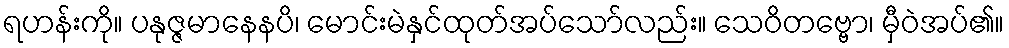
ရဟန်းကို။ ပနုဇ္ဇမာနေနပိ၊ မောင်းမဲနှင်ထုတ်အပ်သော်လည်း။ သေဝိတဗ္ဗော၊ မှီဝဲအပ်၏။